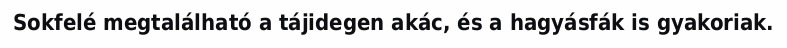
Sokfelé megtalálható a tájidegen akác, és a hagyásfák is gyakoriak.